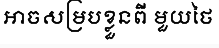
អាចសម្របខ្លួនពី មួយថៃ